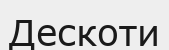
Дескоти